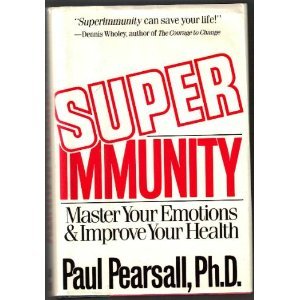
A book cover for Superimmunity: Master Your Emotions and Improve Your Personal Health; Paul Pearsall; Health, Fitness & Dieting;